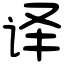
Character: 译